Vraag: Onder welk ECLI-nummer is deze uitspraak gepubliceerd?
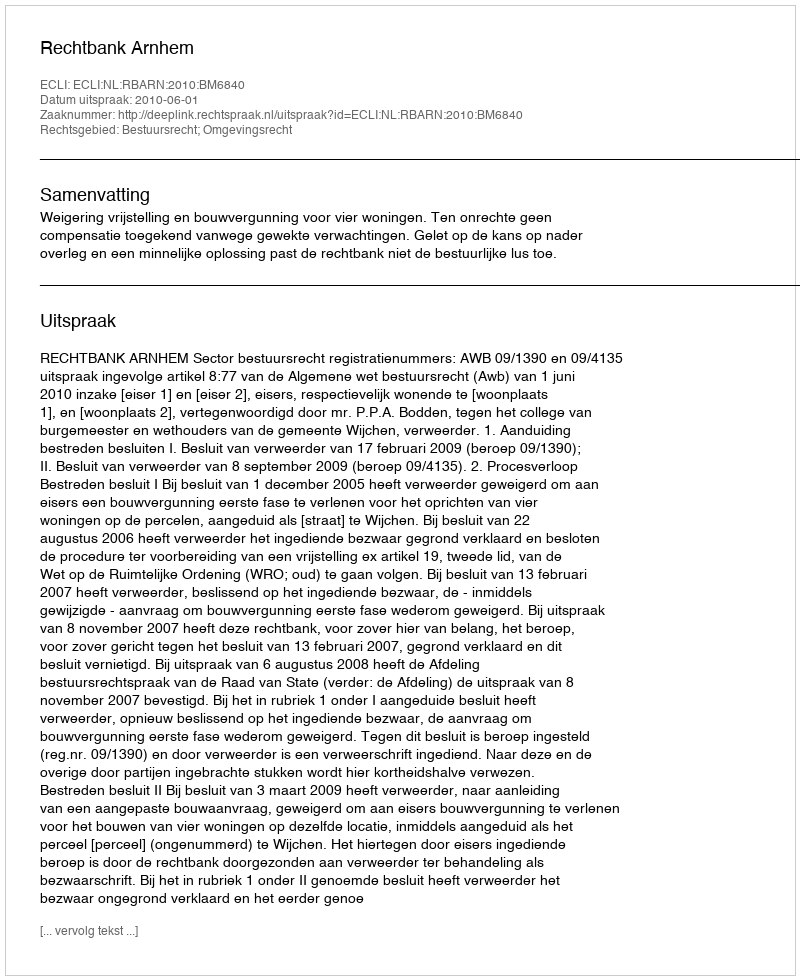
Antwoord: ECLI:NL:RBARN:2010:BM6840